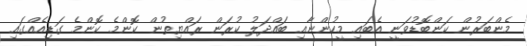
މެންބަރުން ކަންބޮޑުވަނީ އެބައި މީހުންނާއި ބައްދަލު ކުރަން ރައްޔިތުން ކޮންމެ ކޮންމެ ގަޑިއެއްގައި